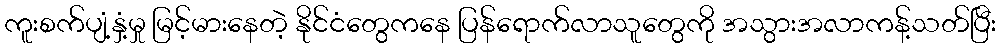
ကူးစက်ပျံ့နှံ့မှု မြင့်မားနေတဲ့ နိုင်ငံတွေကနေ ပြန်ရောက်လာသူတွေကို အသွားအလာကန့်သတ်ပြီး